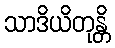
သာဒိယိတုန္တိ